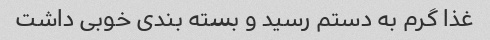
غذا گرم به دستم رسید و بسته بندی خوبی داشت